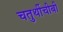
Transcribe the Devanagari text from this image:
चतुर्थीचीबी